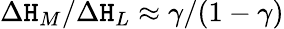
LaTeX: \Delta{\mathtt{H}_{M}}/\Delta{\mathtt{H}_{L}}\approx\gamma/(1-\gamma)